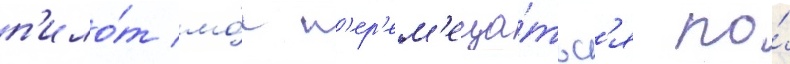
п'ило́т мо́г п'ер'ем'еща́тьс'я по́